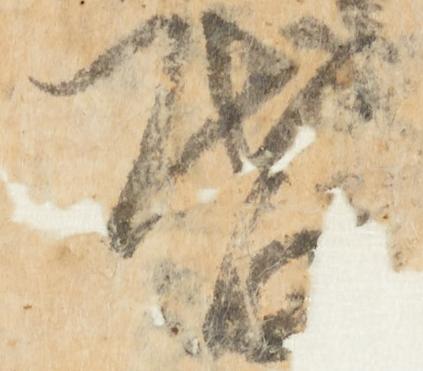
啓